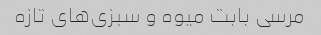
مرسی بابت میوه و سبزی‌های تازه